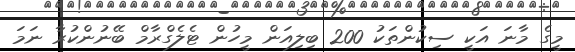
މީގެ މާނަ އަކީ ސިކުންތަކު 200 ބިލިއަން މީހުން ޓެލެގްރާމް ބޭނުންކުރާ ނަމަ